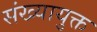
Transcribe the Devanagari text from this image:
संख्यायुक्त